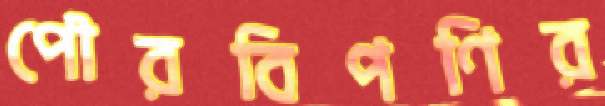
পৌরবিপণির